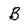
Character: B